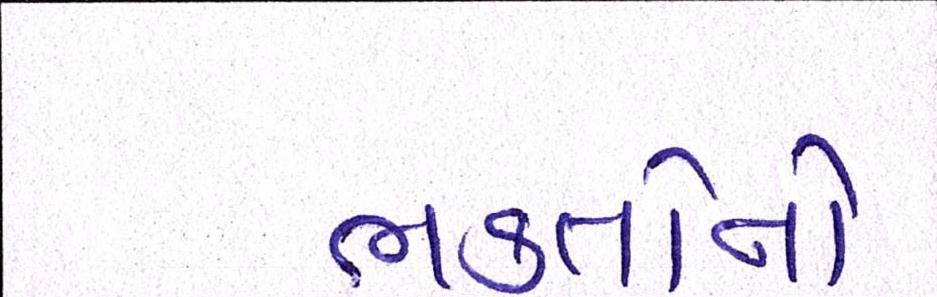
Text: ભક્તોનો